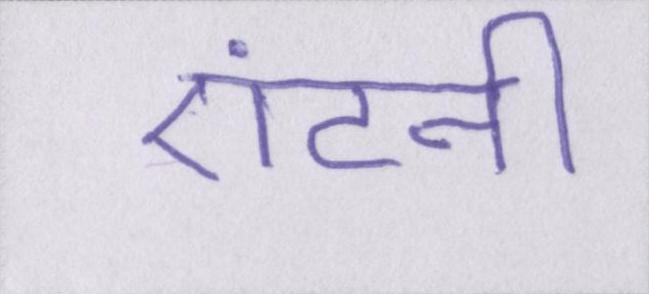
एंटनी